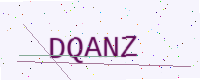
Text: DQANZ